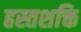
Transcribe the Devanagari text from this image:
हस्तशक्ति